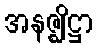
အနဇ္ဈိဋ္ဌာ